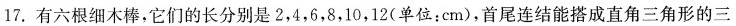
17. 有六根细木棒，它们的长分别是 2，4，6，8，10，12(单位：cm)，首尾连结能搭成直角三角形的三